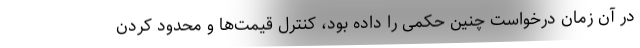
در آن زمان درخواست چنین حکمی را داده بود، کنترل قیمت‌ها و محدود کردن